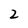
Character: 2